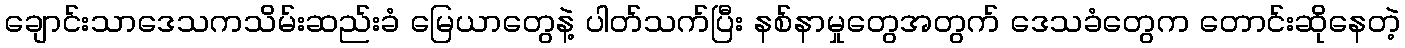
ချောင်းသာဒေသကသိမ်းဆည်းခံ မြေယာတွေနဲ့ ပါတ်သက်ပြီး နစ်နာမှုတွေအတွက် ဒေသခံတွေက တောင်းဆိုနေတဲ့